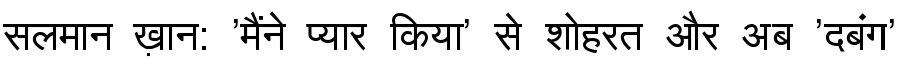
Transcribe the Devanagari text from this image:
सलमान ख़ान: 'मैंने प्यार किया' से शोहरत और अब 'दबंग'